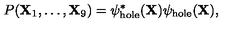
P ( { \bf X } _ { 1 } , \ldots , { \bf X } _ { 9 } ) = \psi _ { \mathrm { h o l e } } ^ { * } ( { \bf X } ) \psi _ { \mathrm { h o l e } } ( { \bf X } ) ,